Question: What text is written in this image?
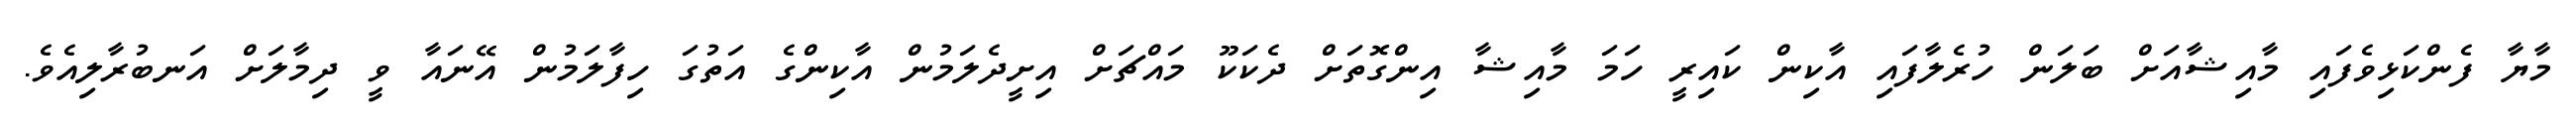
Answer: މާޔާ ފެންކަޅިވެފައި މާއިޝާއަށް ބަލަން ހުރެލާފައި އާކިން ކައިރީ ހަމަ މާއިޝާ އިންގޮތަށް ދެކަކޫ މައްޗަށް އިށީދެލަމުން އާކިންގެ އަތުގަ ހިފާލަމުން އޭނައާ ވީ ދިމާލަށް އަނބުރާލިއެވެ.